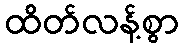
ထိတ်လန့်စွာ